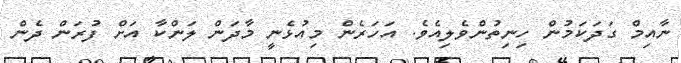
ނާއިމް ގަދަކަމުން ހިނިތުންވެލިއެވެ. އަހަރެން މިއުޅެނީ މާދަން ލަންކާ އަށް ފުރަން ދެން